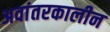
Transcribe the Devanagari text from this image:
अवांतरकालीन